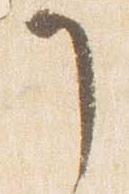
了